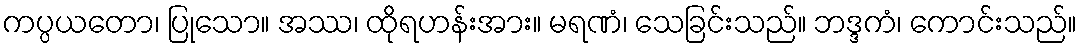
ကပ္ပယတော၊ ပြုသော။ အဿ၊ ထိုရဟန်းအား။ မရဏံ၊ သေခြင်းသည်။ ဘဒ္ဒကံ၊ ကောင်းသည်။